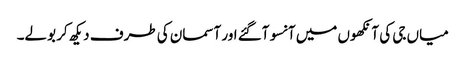
میاں جی کی آنکھوں میں آنسو آگئے اور آسمان کی طرف دیکھ کر بولے۔